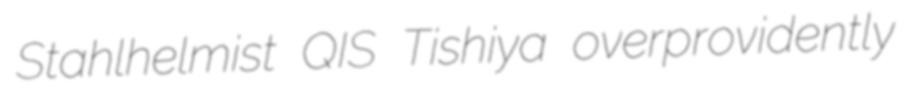
Stahlhelmist QIS Tishiya overprovidently